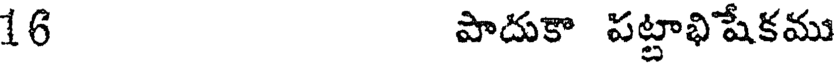
16 పాదుకా పట్టాభిషేకము